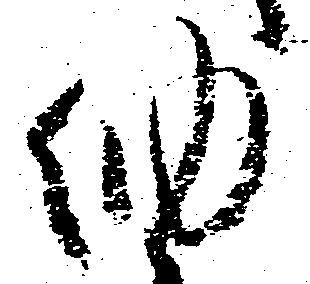
納